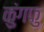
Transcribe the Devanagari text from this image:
कुंगफु